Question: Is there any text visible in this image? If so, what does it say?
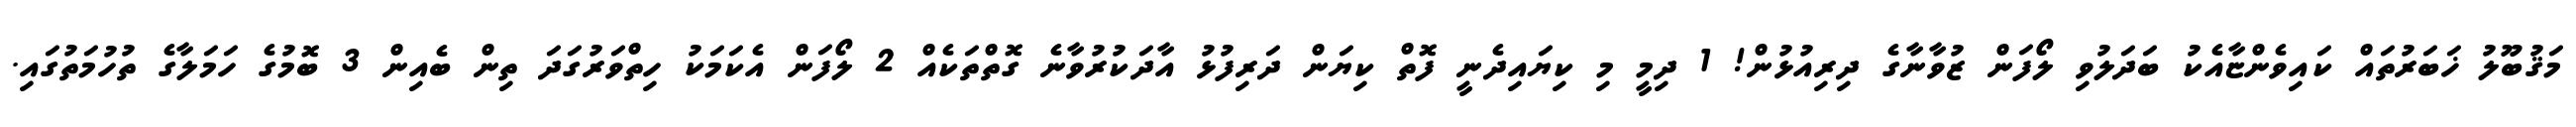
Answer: މަޤުބޫލު ޚަބަރުތައް ކައިވެންޏާއެކު ބަދަލުވި ލޯފަން ޒުވާނާގެ ދިރިއުޅުން! 1 ދިމީ މި ކިޔައިދެނީ ފޮތް ކިޔަން ދަރިފުޅު އާދަކުރުވާނެ ގޮތްތަކެއް 2 ލޯފަން އެކަމަކު ހިތްވަރުގަދަ ތިން ބެއިން 3 ބޮމުގެ ހަމަލާގެ ތުހުމަތުގައި.